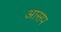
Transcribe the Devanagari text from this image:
आसप